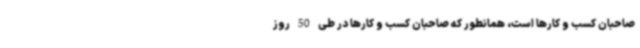
صاحبان کسب و کارها است، همانطور که صاحبان کسب و کارها در طی 50 روز